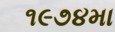
૧૯૭૪મા